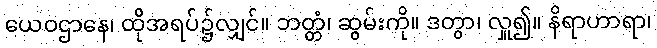
ယေဝဌာနေ၊ ထိုအရပ်၌လျှင်။ ဘတ္တံ၊ ဆွမ်းကို။ ဒတွာ၊ လှူ၍။ နိရာဟာရာ၊